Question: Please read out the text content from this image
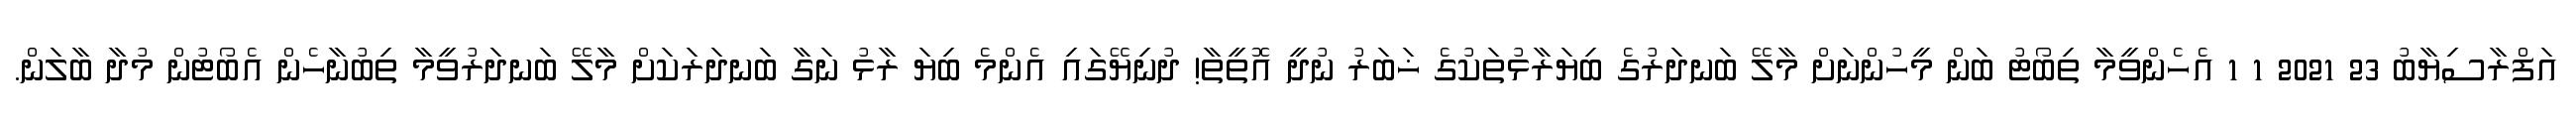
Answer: އަފްރާސިޔާބު 23 2021 1 1 އެހެންވީމާ ތިބޯޓު ބަން މީހުންނަށް މާލޭ ބަނދަރުގެ ބިޔަރާޅުތަކުގެ ޚަބަރު ނުދީ އޮތީތާ! ދުނިޔޭގައި އެންމެ ބިޔަ ރާޅު ނަގާ ބަނދަރަކަށް މާލޭ ބަނދަރުވީމާ ތިބުނާހެން އެބޯޓުން މުދާ ބާލަން.